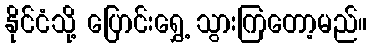
နိုင်ငံသို့ ပြောင်းရွှေ့ သွားကြတော့မည်။